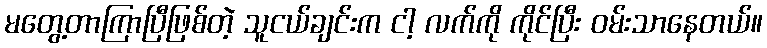
မတွေ့တာကြာပြီဖြစ်တဲ့ သူငယ်ချင်းက ငါ့ လက်ကို ကိုင်ပြီး ဝမ်းသာနေတယ်။